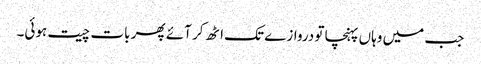
جب میں وہاں پہنچا تو دروازے تک اٹھ کر آئے پھر بات چیت ہوئی۔